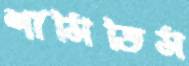
শাসিতিস